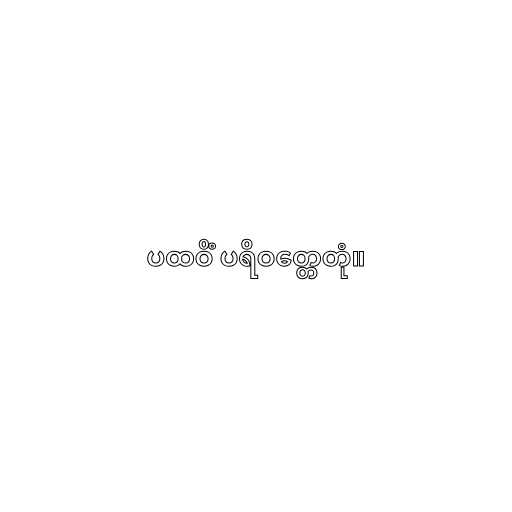
ပထဝိံ ပရိဝတ္တေတုံ။